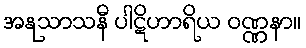
အနုသာသနီ ပါဋိဟာရိယ ဝဏ္ဏနာ။